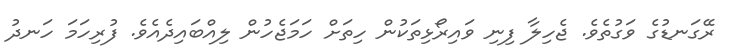
ރޭގަނޑުގެ ވަގުތެވެ. ޖެހިލާ ފިނި ވައިރޯޅިތަކުން ހިތަށް ހަމަޖެހުން ލިއްބައިދެއެވެ. ފުރިހަމަ ހަނދު